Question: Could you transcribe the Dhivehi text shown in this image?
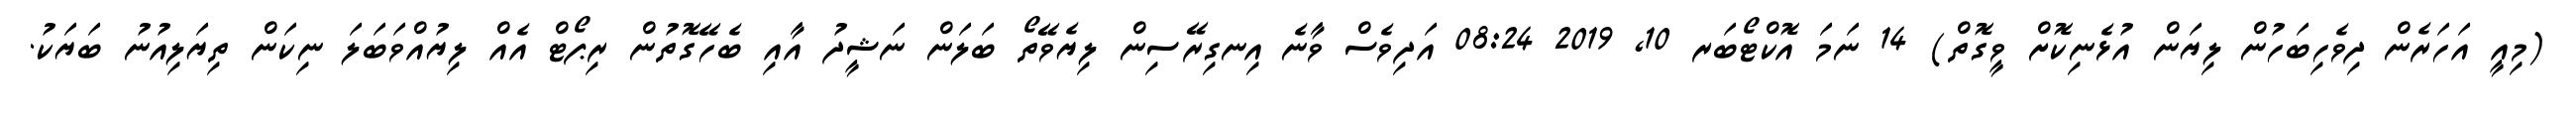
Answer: (މިއީ އަހަރެން ދިވެހިބަހުން ލިޔަން އުޅެނިކޮށް ވީގޮތް) 14 ނަމަ އޮކްޓޯބަރ 10, 2019 08:24 އަދިވެސް ވާނެ އިނގިރޭސިން ލިޔެވޭތޯ ބަލަން ނަޝީދު އާއި ބެހޭގޮތުން ރިޕޯޓް އެއް ލިޔުއްވަބަލަ ނިކަން ތިޔަލިއުނު ބަޔަކު.